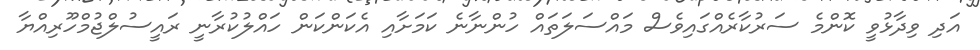
އަދި ވިދާޅުވީ ކޮންމެ ސަރުކާރެއްގައިވެސް މައްސަލަތައް ހުންނާނެ ކަމަށާއި އެކަންކަން ހައްލުކުރާނީ ރައީސުލްޖުމްހޫރިއްޔާ